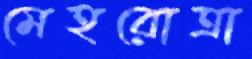
মেহরোত্রা